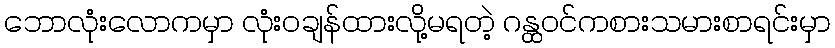
ဘောလုံးလောကမှာ လုံးဝချန်ထားလို့မရတဲ့ ဂန္ထဝင်ကစားသမားစာရင်းမှာ